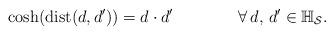
LaTeX: \begin{align*}\cosh (\mathrm{dist}(d,d'))=d\cdot d' \qquad\qquad\forall\,d,\,d'\in\mathbb{H}_\mathcal{S}.\end{align*}